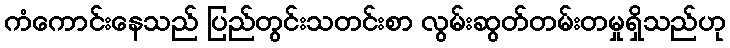
ကံကောင်းနေသည် ပြည်တွင်းသတင်းစာ လွမ်းဆွတ်တမ်းတမှုရှိသည်ဟု